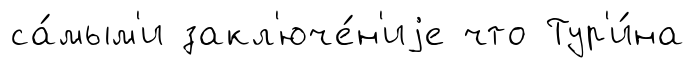
са́мым'и закл'юче́н'иjе что Тур'и́на